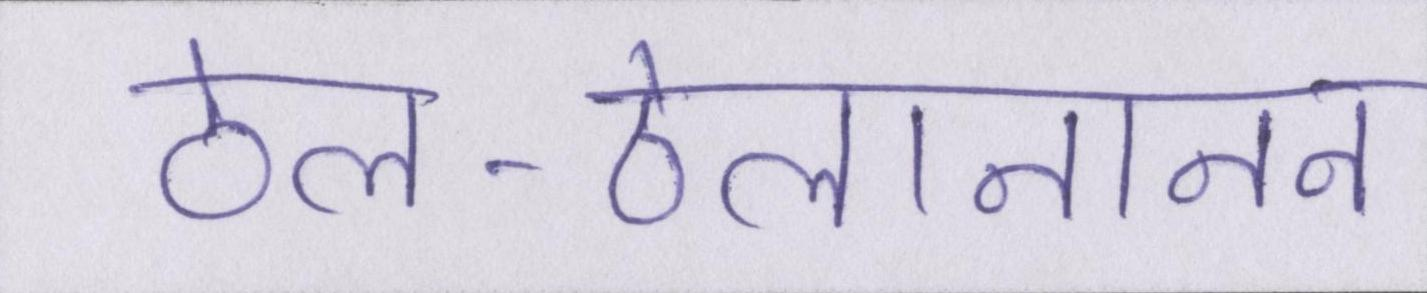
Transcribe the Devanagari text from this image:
ठेल-ठेलानानन